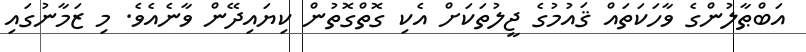
އަބްޠާލުންގެ ވާހަކަތައް ޤައުމުގެ ޖީލުތަކަށް އެކި ގޮތްގޮތުން ކިޔައިދޭން ވާނެއެވެ. މި ޒަމާނުގައި